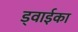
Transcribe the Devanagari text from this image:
ड्वाईका